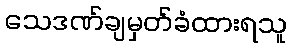
သေဒဏ်ချမှတ်ခံထားရသူ